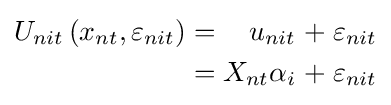
{\begin{alignedat}{5}U_{nit}\left(x_{nt},\varepsilon _{nit}\right)&&\;=\;&&u_{nit}&&\;+\;&&\varepsilon _{nit}\\&&\;=\;&&X_{nt}\alpha _{i}&&\;+\;&&\varepsilon _{nit}\end{alignedat}}